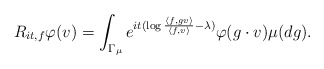
\begin{align*}R_{it, f}\varphi(v) = \int_{\Gamma_{\mu}} e^{it (\log \frac{\langle f, g v\rangle}{\langle f, v \rangle} - \lambda) } \varphi( g \cdot v ) \mu(dg).\end{align*}